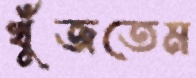
খুঁজতেম